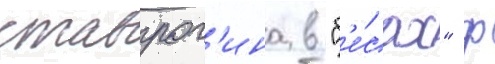
ставрог'ина в "б'е́сах" ф